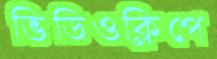
ভিডিওক্লিপে